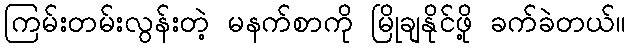
ကြမ်းတမ်းလွန်းတဲ့ မနက်စာကို မြိုချနိုင်ဖို့ ခက်ခဲတယ်။